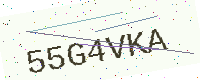
Text: 55G4VKA